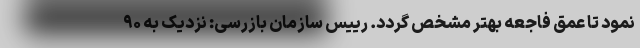
نمود تا عمق فاجعه بهتر مشخص گردد. رییس سازمان بازرسی: نزدیک به ۹۰